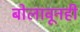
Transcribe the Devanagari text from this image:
बोलावूनही